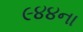
૯૪૪ના